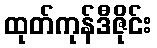
ထုတ်ကုန်ဒီဇိုင်း